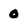
Character: 0